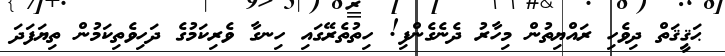
ޙަޤީޤަތް ދިވެހި ރައްޔިތުން މިހާރު ދެނެގެންފި! ހިތުތެރޭގައި ހިނގާ ވެރިކަމުގެ ދަހިވެތިކަމުން ތިޔަފަދަ